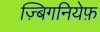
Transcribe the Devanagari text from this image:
ज़्बिगनियेफ़